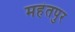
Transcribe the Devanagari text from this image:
महंतपुर